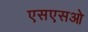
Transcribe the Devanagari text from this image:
एसएसओ